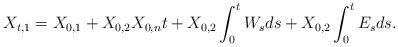
LaTeX: \begin{align*}X_{t,1} = X_{0,1} +X_{0,2}X_{0,n}t + X_{0,2}\int_0^t W_s ds + X_{0,2}\int_0^t E_s ds.\end{align*}